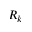
R _ { k }